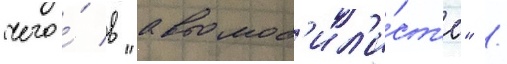
чего́ в "автомоб'ил'и́ст'е" /